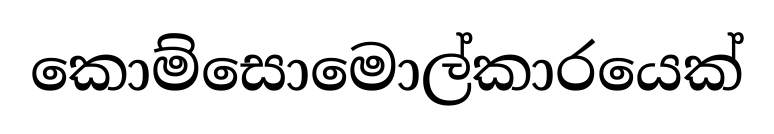
කොම්සොමොල්කාරයෙක්